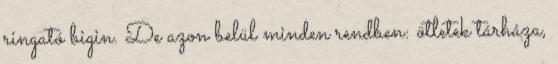
ringató bigin. De azon belül minden rendben: ötletek tárháza,